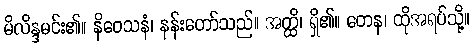
မိလိန္ဒမင်း၏။ နိဝေသနံ၊ နန်းတော်သည်။ အတ္ထိ၊ ရှိ၏။ တေန၊ ထိုအရပ်သို့။